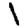
Digit: 1